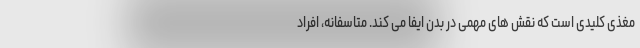
مغذی کلیدی است که نقش های مهمی در بدن ایفا می کند. متاسفانه، افراد